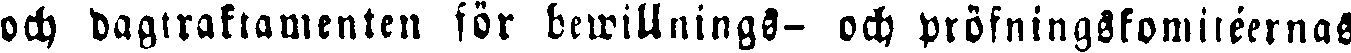
och dagtraktamenten för bewillnings- och pröfningskomitéernas